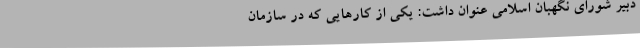
دبیر شورای نگهبان اسلامی عنوان داشت: یکی از کارهایی که در سازمان